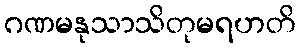
ဂဏမနုသာသိတုမရဟတိ